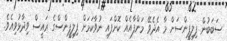
ސަބަބުން ފިލިޕީންސަށް މާ އެދެވޭ މަންފާއެއް ކޮށްފައި ނުވާކަމަށް ފިލިޕީންސްގެ ރައީސް ވިދާޅުވިއެވެ.